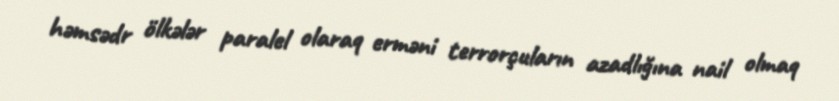
həmsədr ölkələr paralel olaraq erməni terrorçuların azadlığına nail olmaq